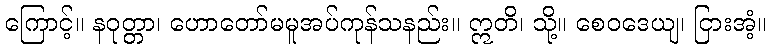
ကြောင့်။ နဝုတ္တာ၊ ဟောတော်မမူအပ်ကုန်သနည်း။ ဣတိ၊ သို့။ စေဝဒေယျ၊ ငြားအံ့။